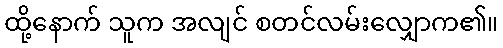
ထို့နောက် သူက အလျင် စတင်လမ်းလျှောက၏။